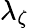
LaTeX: \lambda_{\zeta}